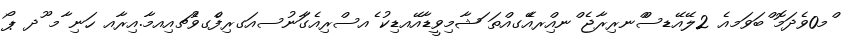
ްމ0ވެދަމޮ ްބަވަމއެެ 2ލޭއޭޑސްްނރިރާޖެ ްނއްިރއެޭގއްތަ ަޝާމިވީޑާއޭއޑިކު ެއސްރިއެގަާނުސއަަގރިފްެގވެުޗއިިއމާ.އިރާއ ހަނި ާމ ޫދ ޕޯ